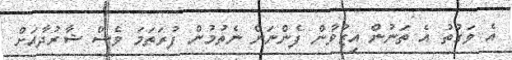
އެ ވަގުތު އެ ތަނުން އިޒުވާން ފެންނަން ނެތުމުން ފުރަތަމަ ވެސް ޝާރުދާއަށް